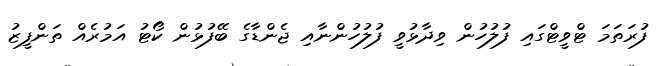
ފުރަތަމަ ޓްވީޓްގައި ފުލުހުން ވިދާޅުވީ ފުލުހުންނާއި ޖެންޑާގެ ބޭފުޅުން ކޯޓު އަމުރެއް ތަންފީޒު